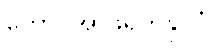
တောင်အာဖရိကနိုင်ငံ